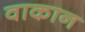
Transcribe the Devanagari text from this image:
वाकान